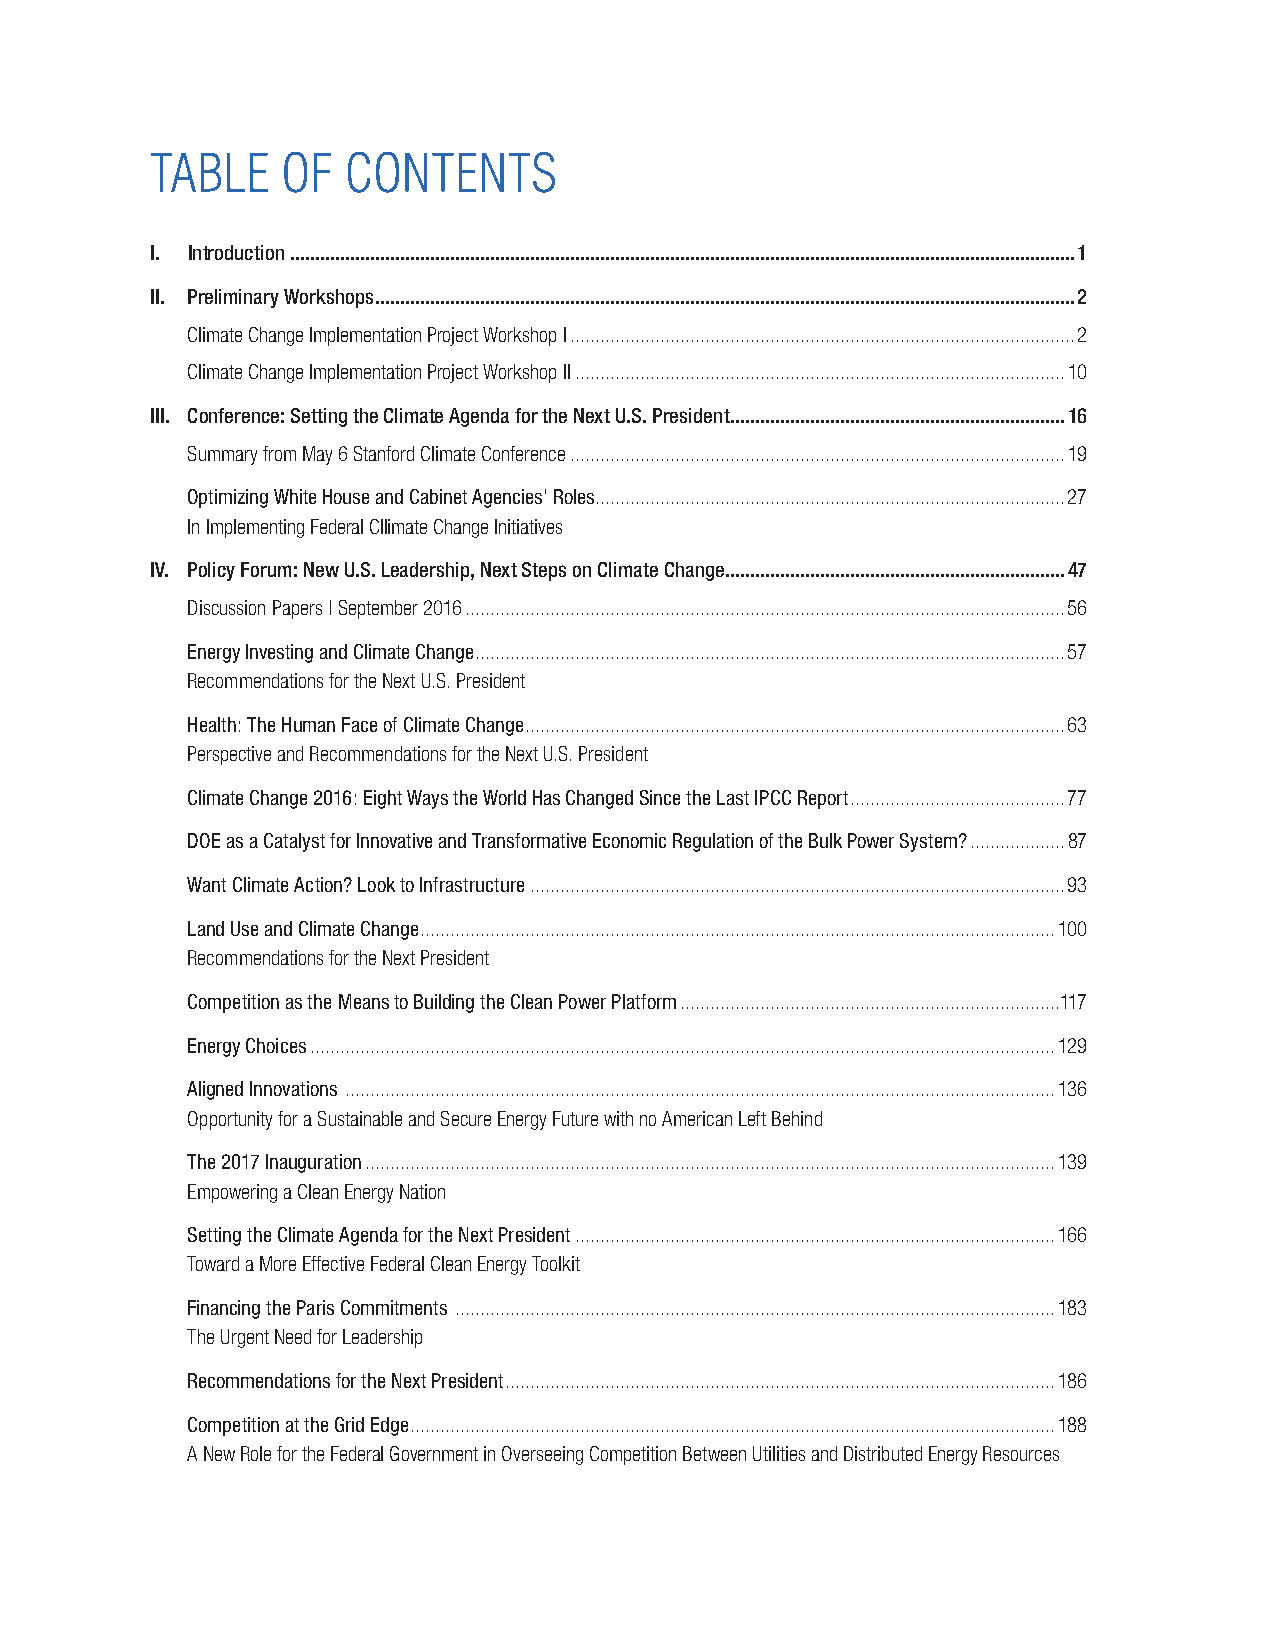
TABLE    OF  CONTENTS
 I. Introduction .............................................................................................................................................................1
 II. Preliminary Workshops ............................................................................................................................................2
 Climate Change Implementation Project Workshop I .....................................................................................................2
 Climate Change Implementation Project Workshop II ..................................................................................................10
 III. Conference: Setting the Climate Agenda for the Next U.S. President ...................................................................16
 Summary from May 6 Stanford Climate Conference ...................................................................................................19
 Optimizing White House and Cabinet Agencies’ Roles ..............................................................................................27
 In Implementing Federal Cllimate Change Initiatives
 IV. Policy Forum: New U.S. Leadership, Next Steps on Climate Change ....................................................................47
 Discussion Papers | September 2016 ........................................................................................................................56
 Energy Investing and Climate Change ......................................................................................................................57
 Recommendations for the Next U.S. President
 Health: The Human Face of Climate Change ............................................................................................................63
 Perspective and Recommendations for the Next U.S. President
 Climate Change 2016: Eight Ways the World Has Changed Since the Last IPCC Report ...........................................77
 DOE as a Catalyst for Innovative and Transformative Economic Regulation of the Bulk Power System? ...................87
 Want Climate Action? Look to Infrastructure ...........................................................................................................93
 Land Use and Climate Change ...............................................................................................................................100
 Recommendations for the Next President
 Competition as the Means to Building the Clean Power Platform ............................................................................117
 Energy Choices .....................................................................................................................................................129
 Aligned Innovations ..............................................................................................................................................136
 Opportunity for a Sustainable and Secure Energy Future with no American Left Behind
 The 2017 Inauguration ..........................................................................................................................................139
 Empowering a Clean Energy Nation
 Setting the Climate Agenda for the Next President ................................................................................................166
 Toward a More Effective Federal Clean Energy Toolkit
 Financing the Paris Commitments ........................................................................................................................183
 The Urgent Need for Leadership
 Recommendations for the Next President ..............................................................................................................186
 Competition at the Grid Edge .................................................................................................................................188
 A New Role for the Federal Government in Overseeing Competition Between Utilities and Distributed Energy Resources